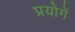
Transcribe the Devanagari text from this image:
प्रयोगें